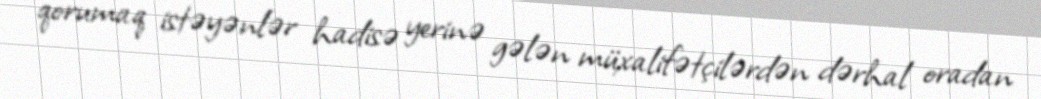
qorumaq istəyənlər hadisə yerinə gələn müxalifətçilərdən dərhal oradan